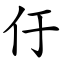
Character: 㐵